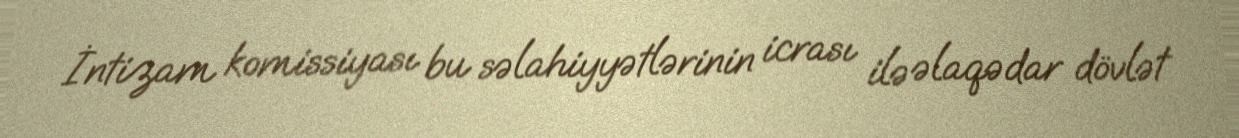
İntizam komissiyası bu səlahiyyətlərinin icrası ilə əlaqədar dövlət